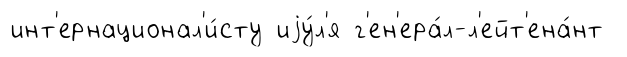
инт'ернационал'и́сту иjу́л'я г'ен'ера́л-л'ейт'ена́нт